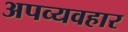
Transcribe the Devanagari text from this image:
अपव्यवहार